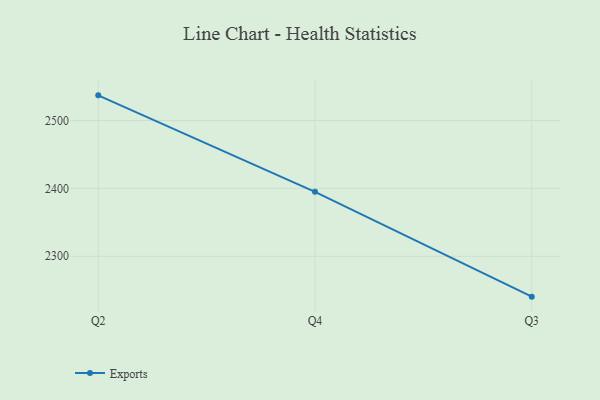
{"axis": {"x": "Quarter", "y": "Market Share (%)"}, "legend": ["Exports"], "data": [{"x": "Q2", "y": 2537.2, "type": "Exports"}, {"x": "Q4", "y": 2395.0, "type": "Exports"}, {"x": "Q3", "y": 2240.5, "type": "Exports"}]}